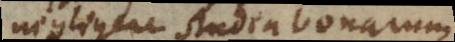
negligere studia bonarum